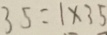
3 5 = 1 \times 3 5